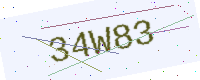
Text: 34W83